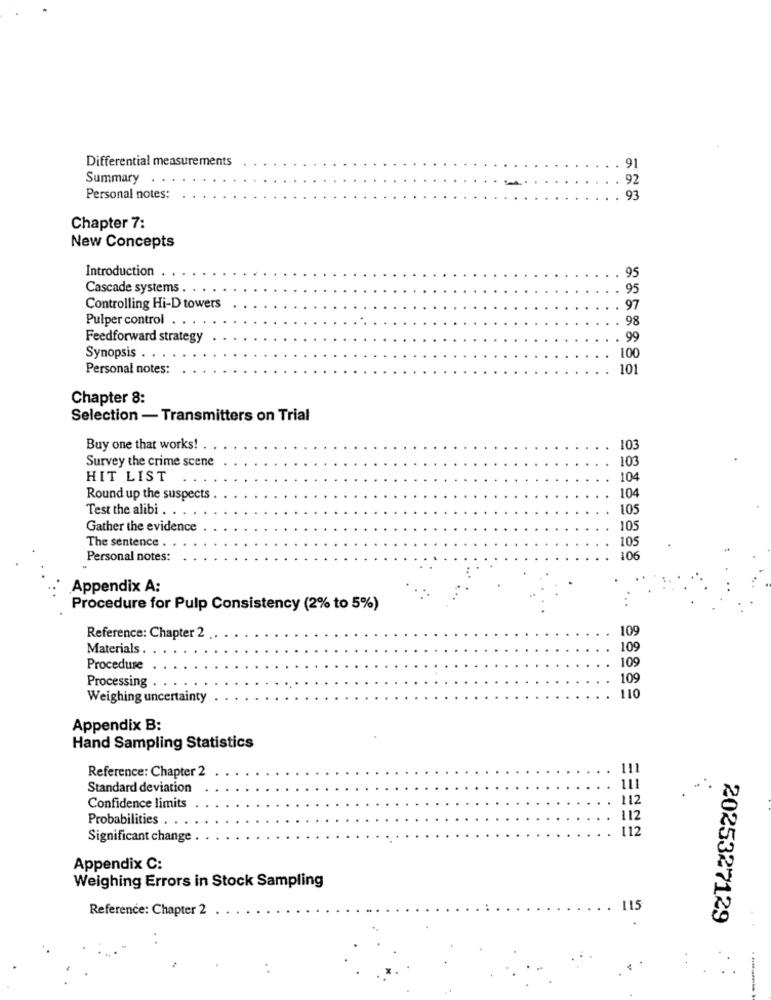
Differential measurements
91
Summary
92
Personal notes:
93
Chapter 7:
New Concepts
Introduction
95
Cascade systems .
95
Controlling Hi-D towers
97
Pulper control . .
98
Feedforward strategy
99
Synopsis .
100
Personal notes:
101
Chapter 8:
Selection - Transmitters on Trial
Buy one that works!
103
Survey the crime scene
103
HIT LIST
104
Round up the suspects
104
Test the alibi .
105
Gather the evidence
105
The sentence .
105
Personal notes:
106
Appendix A:
Procedure for Pulp Consistency (2% to 5%)
109
Reference: Chapter 2
Materials
109
109
Procedure
109
Processing
Weighing uncertainty
110
Appendix B:
Hand Sampling Statistics
Reference: Chapter 2
Standard deviation
112
Confidence limits
Probabilities .
112
112
Significant change
Appendix C:
Weighing Errors in Stock Sampling
Reference: Chapter 2
115
2025327129
. .